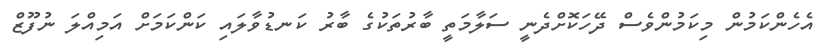
އެހެންކަމުން މިކަމުންވެސް ދޭހަކޮށްދެނީ ސަލާމަތީ ބާރުތަކުގެ ބާރު ކަނޑުވާލައި ކަންކަމަށް އަމިއްލަ ނުފޫޒް